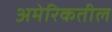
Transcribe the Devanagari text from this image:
अमेरिकतील